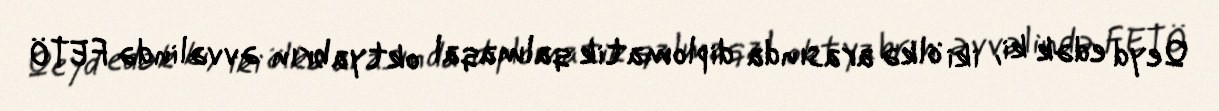
Qeyd edək ki, iki ölkə arasında diplomatik qalmaqal oktyabrın əvvəlində FETÖ